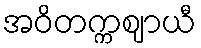
အဝိတက္ကဈာယီ